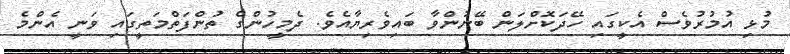
މުޅި އުމުރުވެސް އެކީގައި ހޭދަކޮށްލަން ބޭނުންވާ ބައިވެރިޔާއެވެ. ދެމީހުންގެ ތުންފަތްމަތީގައި ވަނީ އެންމެ